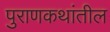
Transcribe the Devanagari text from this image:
पुराणकथांतील